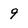
Character: 9